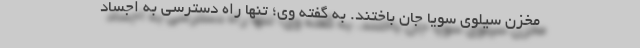
مخزن سیلوی سویا جان باختند. به گفته وی؛ تنها راه دسترسی به اجساد